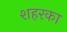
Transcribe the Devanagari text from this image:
शहरका